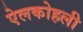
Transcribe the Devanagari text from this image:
ऐलकोहली